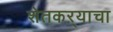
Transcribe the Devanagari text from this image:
शेतकऱ्याचा